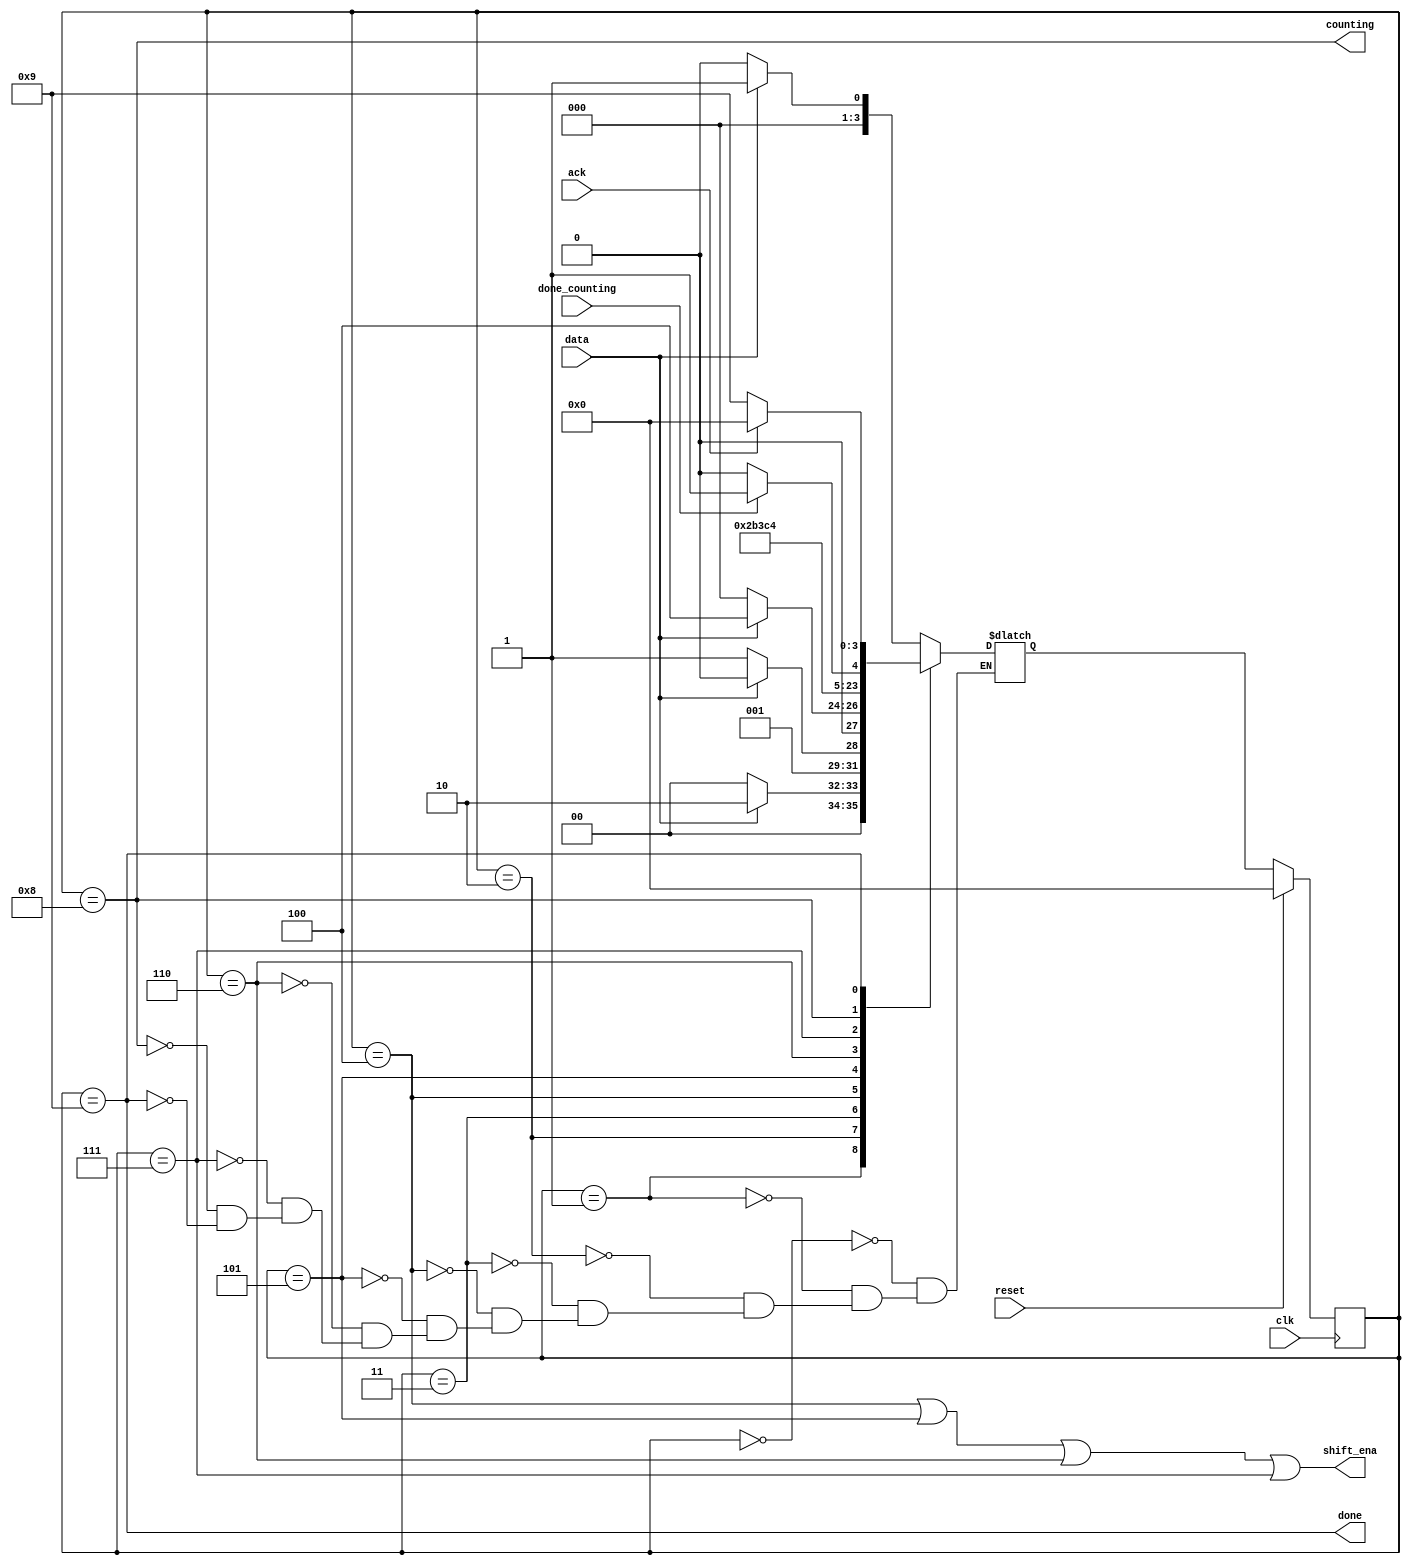
// This program was cloned from: https://github.com/matthewdelorenzo/CreativEval
// License: BSD 3-Clause "New" or "Revised" License

module top_module (
    input clk,
    input reset,      // Synchronous reset
    input data,
    output shift_ena,
    output counting,
    input done_counting,
    output done,
    input ack );

    parameter idle=4'd0, s1=4'd1, s11=4'd2, s110=4'd3, b0=4'd4, b1=4'd5, b2=4'd6, b3=4'd7, count=4'd8, waiting=4'd9;
    reg [3:0]   state, next_state;
    
    always@(*) begin
        case(state)
            idle: begin
                if(data==1'b0)
                    next_state = idle;
                else
                    next_state = s1;
            end
            s1: begin
                if(data==1'b0)
                    next_state = idle;
                else
                    next_state = s11;
            end
            s11: begin
                if(data==1'b0)
                    next_state = s110;
                else
                    next_state = s11;
            end
            s110: begin
                if(data==1'b0)
                    next_state = idle;
                else
                    next_state = b0;
            end
            b0:     next_state = b1;
            b1:     next_state = b2;
            b2:     next_state = b3;
            b3:     next_state = count;
            count: begin
                if(done_counting)
                    next_state = waiting;
                else
                    next_state = count;
            end
            waiting: begin
                if(ack)
                    next_state = idle;
                else
                    next_state = waiting;
            end
        endcase
    end
    
    always@(posedge clk) begin
        if(reset)
            state <= idle;
        else
            state <= next_state;
    end
    
    assign  shift_ena = (state==b0 || state==b1|| state==b2 || state==b3);
    assign  counting = (state==count);
    assign  done = (state==waiting);
    
endmodule